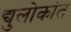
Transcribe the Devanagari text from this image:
द्युलोकांत